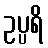
ဥပ္ပရိ